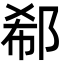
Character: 郗